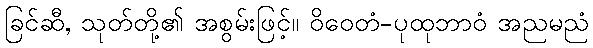
ခြင်ဆီ, သုတ်တို့၏ အစွမ်းဖြင့်။ ဝိဝေတံ-ပုထုဘာဝံ အညမညံ